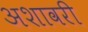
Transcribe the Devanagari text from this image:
अशावरी